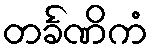
တင်္ခဏိကံ